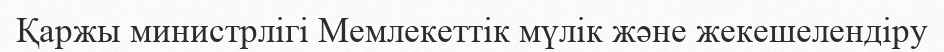
Қаржы министрлігі Мемлекеттік мүлік және жекешелендіру